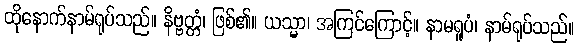
ထိုနောက်နာမ်ရုပ်သည်။ နိဗ္ဗတ္တံ၊ ဖြစ်၏။ ယသ္မာ၊ အကြင်ကြောင့်။ နာမရူပံ၊ နာမ်ရုပ်သည်။